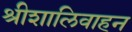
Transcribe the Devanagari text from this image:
श्रीशालिवाहन